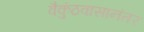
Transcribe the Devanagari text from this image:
वैकुंठवासानंतर